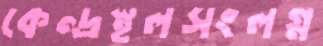
কেন্দ্রস্থলসংলগ্ন